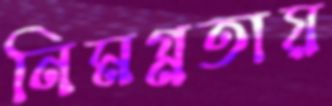
নিমগ্নতায়